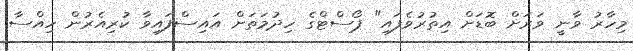
މިހާރު ވާނީ ވަރަށް ބޮޑަށް އިތުރުވެފައި" ޕޯސްޓްގެ ހިދުމަތަށް އައިސްފައިވާ ކުރިއެރުން ހިއްސާ